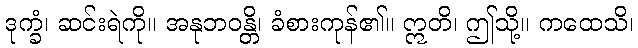
ဒုက္ခံ၊ ဆင်းရဲကို။ အနုဘဝန္တိ၊ ခံစားကုန်၏။ ဣတိ၊ ဤသို့။ ကထေသိ၊